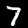
Label: 7